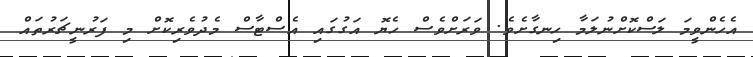
އެހެންވީމަ ލަސްކޮށްނުލަމާ ހިނގާށެވެ. ވަރަށްވެސް ހެޔޮ އަގުގައި އެސްޓާސް މެދުވެރިކޮށް މި ފަރުނީޗަރުތައް